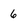
Character: 6